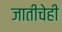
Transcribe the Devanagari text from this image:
जातीचेही